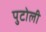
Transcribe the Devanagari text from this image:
पुटोली